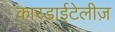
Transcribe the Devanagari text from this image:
कारडाईटेलीज़